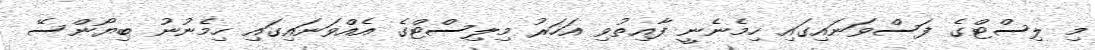
މި ލިސްޓްގެ ފަސްވަނައިގައި ހިމެނެނީ ފާއިތުވި އަހަރު މިލިސްޓްގެ އެއްވަނައިގައި ހިމެނުނު ބިޔޯންސޭ